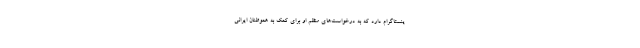
ینستاگرام دارد که به درخواست‌های منظم او برای کمک به هموطنان ایرانی